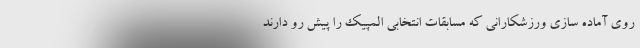
روی آماده سازی ورزشکارانی که مسابقات انتخابی المپیک را پیش رو دارند